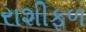
રાશીફળ